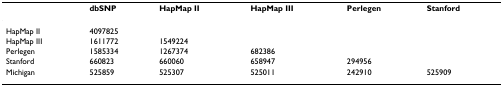
|  | dbSNP | HapMap II | HapMap III | Perlegen | Stanford |
 | --- | --- | --- | --- | --- | --- |
 | HapMap II | 4097825 |  |  |  |  |
 | HapMap III | 1611772 | 1549224 |  |  |  |
 | Perlegen | 1585334 | 1267374 | 682386 |  |  |
 | Stanford | 660823 | 660060 | 658947 | 294956 |  |
 | Michigan | 525859 | 525307 | 525011 | 242910 | 525909 |